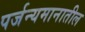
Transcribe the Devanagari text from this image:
पर्जन्यमानातील